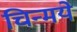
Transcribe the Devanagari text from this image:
चिन्मये